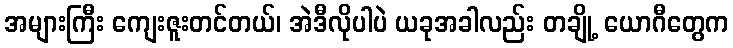
အများကြီး ကျေးဇူးတင်တယ်၊ အဲဒီလိုပါပဲ ယခုအခါလည်း တချို့ ယောဂီတွေက